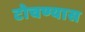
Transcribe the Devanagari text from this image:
टोचण्यास